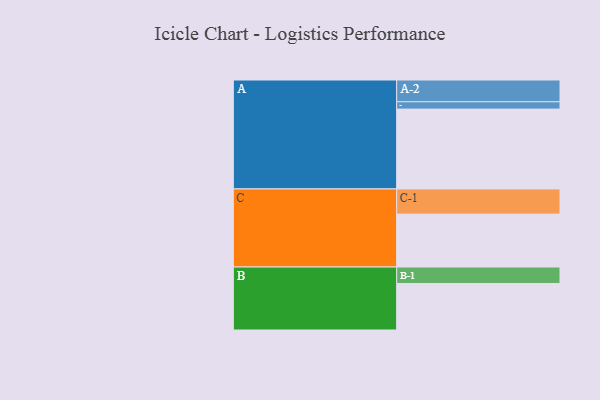
{"axis": {"x": "Segment", "y": "Value"}, "legend": ["", "A", "B", "C"], "data": [{"x": "A", "y": 587, "type": ""}, {"x": "B", "y": 342, "type": ""}, {"x": "C", "y": 389, "type": ""}, {"x": "A-1", "y": 54, "type": "A"}, {"x": "A-2", "y": 160, "type": "A"}, {"x": "B-1", "y": 121, "type": "B"}, {"x": "C-1", "y": 185, "type": "C"}]}